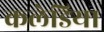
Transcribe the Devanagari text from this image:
कलेडिया